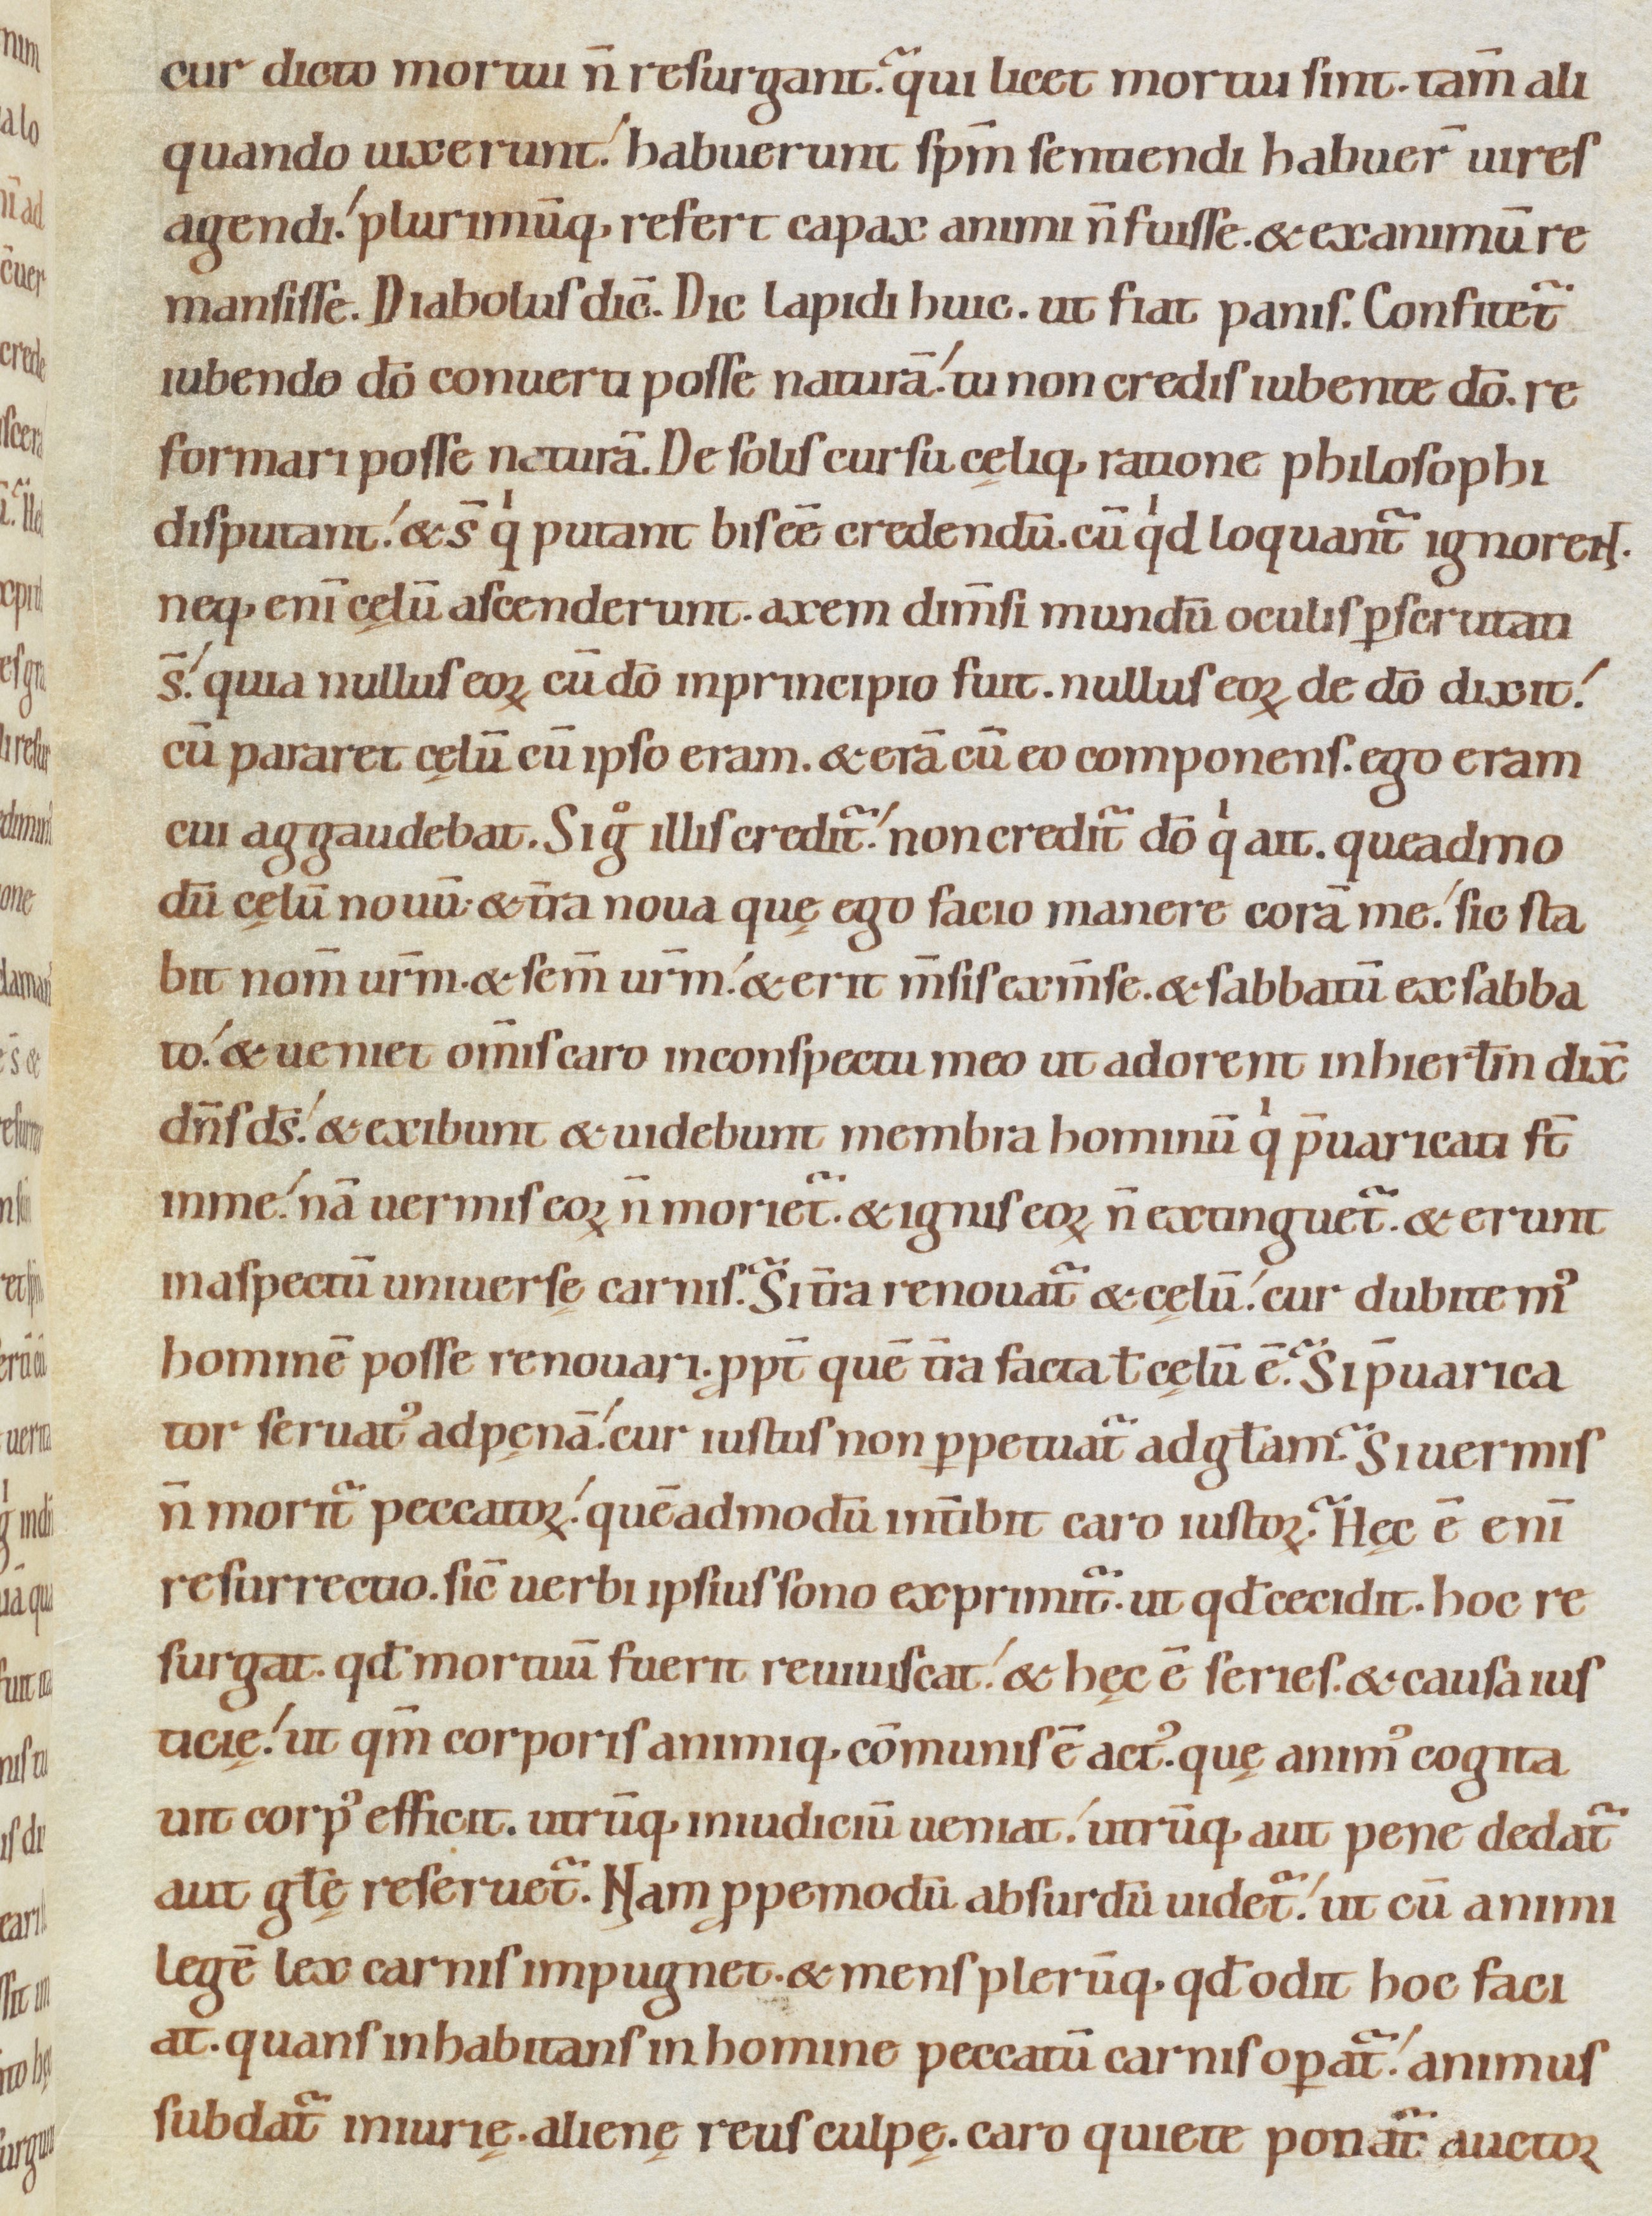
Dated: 1080–1096